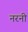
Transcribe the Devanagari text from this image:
नरनी